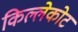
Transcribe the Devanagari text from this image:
किल्लेकोट